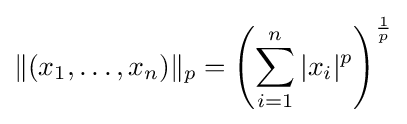
\|(x_{1},\ldots ,x_{n})\|_{p}=\left(\sum _{i=1}^{n}|x_{i}|^{p}\right)^{\frac {1}{p}}